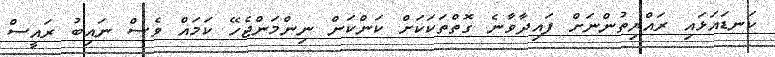
ކަނޑައަޅައި ރައްޔިތުންނަށް ފައިދާވާނެ ގޮތްތަކަކަށް ކަންކަން ނިންމަންޖެހޭ ކަމައް ވެސް ނައިބު ރައީސް